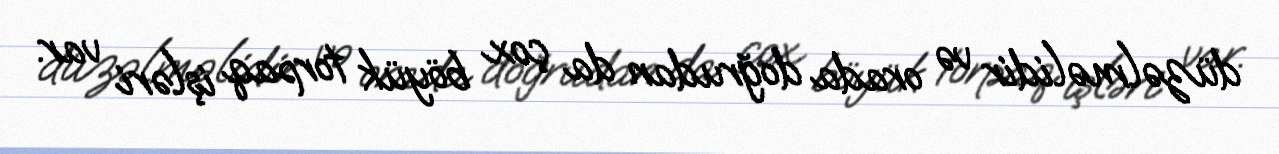
düzəlməlidir və orada doğrudan da çox böyük torpaq işləri var.